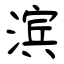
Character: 滨